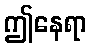
ဤနေရာ